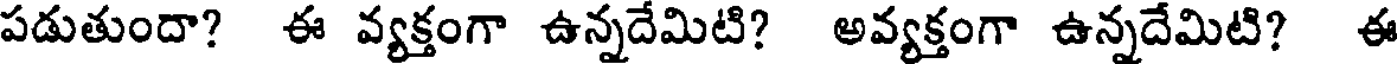
పడుతుందా? ఈ వ్యక్తంగా ఉన్నదేమిటి? అవ్యక్తంగా ఉన్నదేమిటి? ఈ